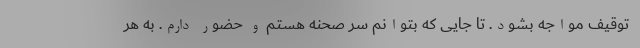
توقیف مواجه بشود. تا جایی که بتوانم سر صحنه هستم و حضور دارم. به هر